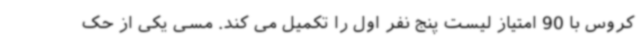
کروس با 90 امتیاز لیست پنج نفر اول را تکمیل می کند. مسی یکی از حک